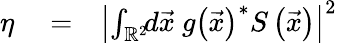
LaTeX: \begin{array}{rlr}{\eta}&{{}=}&{\left|\int_{\mathbb{R}^{2}}\! \! d\vec{x}\ g\left(\vec{x}\right)^{\ast}S\left(\vec{x}\right)\right|^{2}}\end{array}